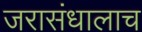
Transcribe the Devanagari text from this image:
जरासंधालाच